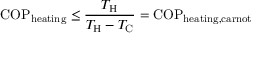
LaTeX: \mathrm { C O P } _ { \mathrm { h e a t i n g } } \leq { \frac { T _ { \mathrm { { H } } } } { T _ { \mathrm { { H } } } - T _ { \mathrm { { C } } } } } = \mathrm { C O P } _ { \mathrm { h e a t i n g , c a r n o t } }